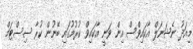
މިއަދު ނެޝަނަލް އާކައިވްސް އިން ވަނީ އާކައިވް ކުރުމުގައި ބޭނުން ކުރާ ސިސްޓަމް